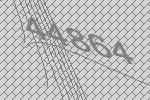
44864